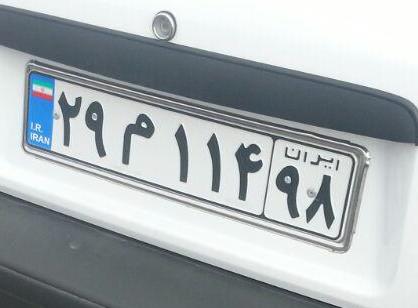
۲۹م۱۱۴۹۸